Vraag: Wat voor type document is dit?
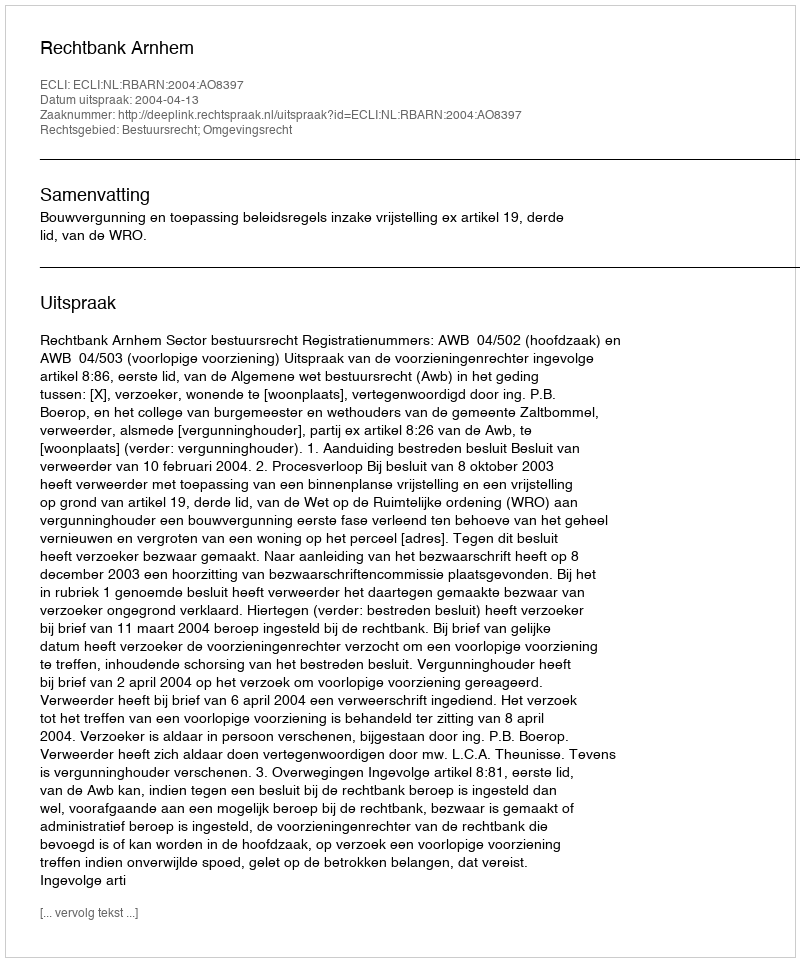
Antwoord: Uitspraak